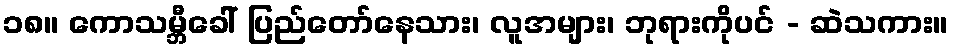
၁၈။ ကောသမ္ဘီခေါ် ပြည်တော်နေသား၊ လူအများ၊ ဘုရားကိုပင် - ဆဲသကား။